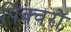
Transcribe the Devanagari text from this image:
पिक्चरों